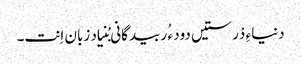
دنیاءِ دْرستیں دود ء ُ ربیدگانی بُنیاد زبان اِنت۔